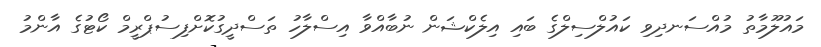
މައުލޫމާތު މުއްސަނދިވި ކައުލްސިލްގެ ބައި އިލެކްޝަން ނުބާއްވާ އިސްލާހު ތަސްދީގުކޮށްފިސުޕްރީމް ކޯޓުގެ އާންމު